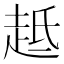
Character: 趆